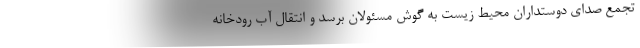
تجمع صدای دوستداران محیط زیست به گوش مسئولان برسد و انتقال آب رودخانه